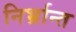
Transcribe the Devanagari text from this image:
निर्भ्रान्त